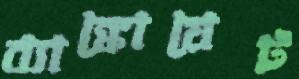
ব্যাঙ্কোয়েট